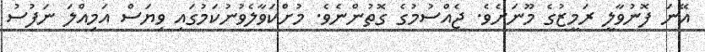
އޭނަ ފޮނުވާލީ ރަމީޒުގެ މޫނަށެވެ. ޖެއްސުމުގެ ގޮތުންނެވެ. މުށްކަވާލެވުނުކަމުގައި ވިޔަސް އަމިއްލަ ނަފުސު